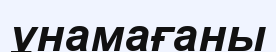
ұнамағаны